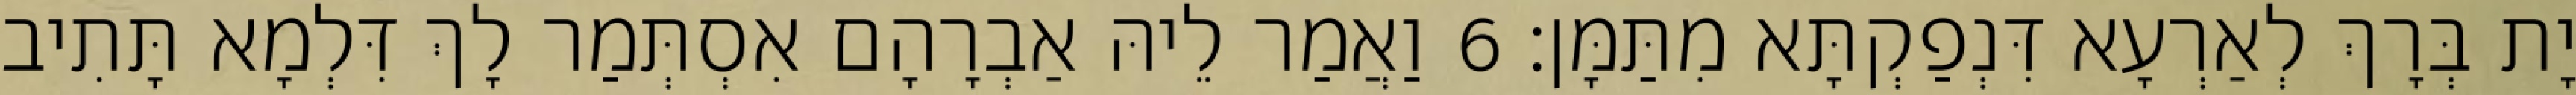
יָת בְּרָךְ לְאַרְעָא דִּנְפַקְתָּא מִתַּמָּן׃ 6 וַאֲמַר לֵיהּ אַבְרָהָם אִסְתְּמַר לָךְ דִּלְמָא תָּתִיב